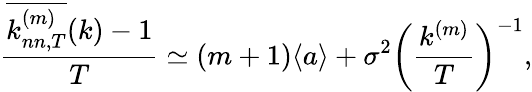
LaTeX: \frac{\overline{{k_{nn,T}^{(m)}}}(k)-1}{T}\simeq(m+1)\langle a\rangle+\sigma^{2}\bigg(\frac{k^{(m)}}{T}\bigg)^{-1},